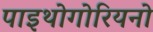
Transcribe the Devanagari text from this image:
पाइथोगोरियनो